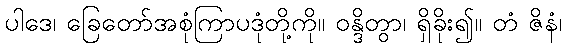
ပါဒေ၊ ခြေတော်အစုံကြာပဒုံတို့ကို။ ဝန္ဒိတွာ၊ ရှိခိုး၍။ တံ ဇိနံ၊